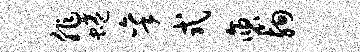
非蜷秉式褒殉